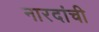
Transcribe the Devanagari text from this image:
नारदांची